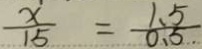
\frac { x } { 1 5 } = \frac { 1 . 5 } { 0 . 5 }